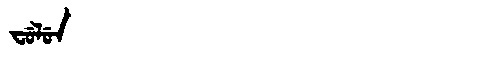
Manchu: ᠸᡠᠯᡠᠨ
Romanization: FULUN